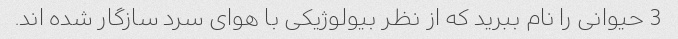
3 حیوانی را نام ببرید که از نظر بیولوژیکی با هوای سرد سازگار شده اند.